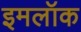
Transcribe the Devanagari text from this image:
इमलॉक